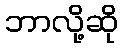
ဘာလို့ဆို